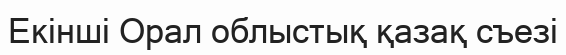
Екінші Орал облыстық қазақ съезі